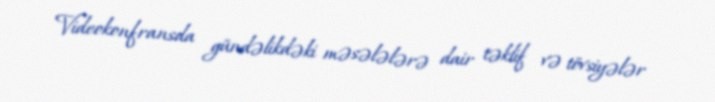
Videokonfransda gündəlikdəki məsələlərə dair təklif və tövsiyələr